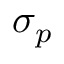
\sigma _ { p }